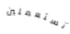
تستعملين